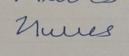
Signature authenticity: forged